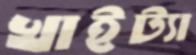
খাইট্যা